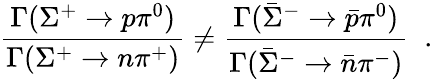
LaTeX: \frac{\Gamma(\Sigma^{+}\to p\pi^{0})}{\Gamma(\Sigma^{+}\to n\pi^{+})}\neq\frac{\Gamma(\bar{\Sigma}^{-}\to\bar{p}\pi^{0})}{\Gamma(\bar{\Sigma}^{-}\to\bar{n}\pi^{-})}\; \; .